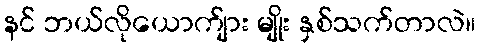
နင် ဘယ်လိုယောက်ျား မျိုး နှစ်သက်တာလဲ။